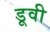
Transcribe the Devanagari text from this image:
डूवी